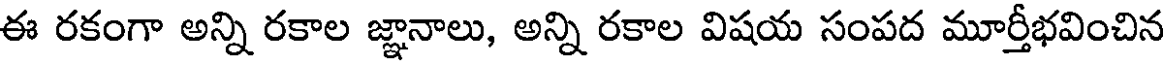
ఈ రకంగా అన్ని రకాల జ్ఞానాలు, అన్ని రకాల విషయ సంపద మూర్తీభవించిన